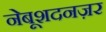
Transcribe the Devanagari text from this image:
नेबूशदनज़र